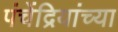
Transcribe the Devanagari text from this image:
पंचेंद्रियांच्या